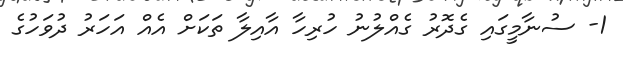
1- ސުނާމީގައި ގެދޮރު ގެއްލުނު ހުރިހާ އާއިލާ ތަކަށް އެއް އަހަރު ދުވަހުގެ